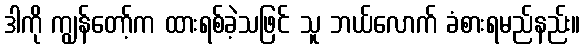
ဒါကို ကျွန်တော့်က ထားရစ်ခဲ့သဖြင် သူ ဘယ်လောက် ခံစားရမည်နည်း။